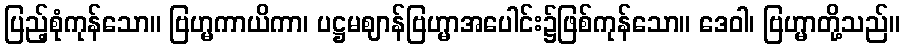
ပြည့်စုံကုန်သော။ ဗြဟ္မကာယိကာ၊ ပဋ္ဌမဈာန်ဗြဟ္မာအပေါင်း၌ဖြစ်ကုန်သော။ ဒေဝါ၊ ဗြဟ္မာတို့သည်။